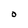
Character: 0